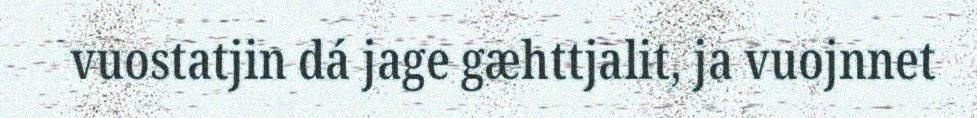
vuostatjin dá jage gæhttjalit, ja vuojnnet